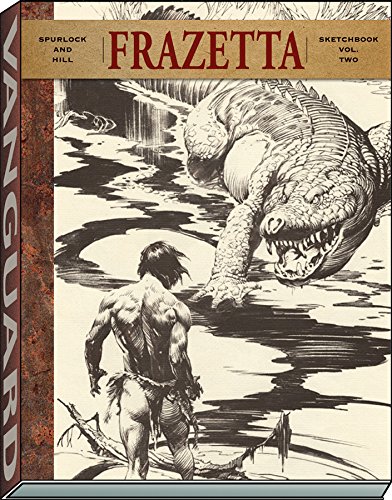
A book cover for Frazetta Sketchbook, Vol. II; David J. Spurlock; Arts & Photography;